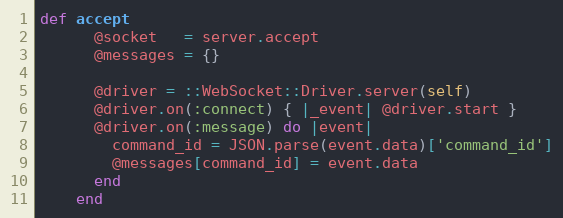
Language: Ruby
def accept
      @socket   = server.accept
      @messages = {}

      @driver = ::WebSocket::Driver.server(self)
      @driver.on(:connect) { |_event| @driver.start }
      @driver.on(:message) do |event|
        command_id = JSON.parse(event.data)['command_id']
        @messages[command_id] = event.data
      end
    end